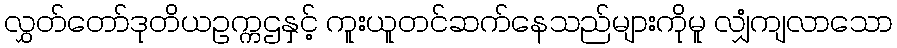
လွှတ်တော်ဒုတိယဥက္ကဌနှင့် ကူးယူတင်ဆက်နေသည်များကိုမူ လျှံကျလာသော